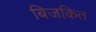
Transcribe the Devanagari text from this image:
बिजकित